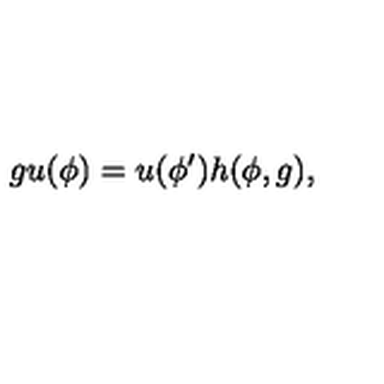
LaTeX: g u ( \phi ) = u ( \phi ^ { \prime } ) h ( \phi , g ) ,